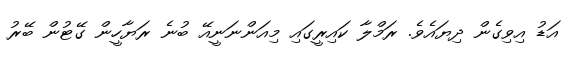
އަޑު އިވިގެން ދިޔައެވެ. ރަމްލާ ކައިރީގައި މިއަންނަނީއޭ ބުނެ ރަޔާހީން ގޭޓުން ބޭރު